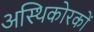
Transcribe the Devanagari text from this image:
अस्थिकोरकों